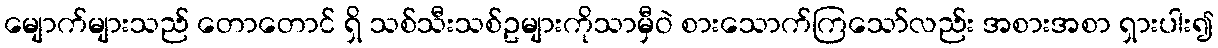
မျောက်များသည် တောတောင် ရှိ သစ်သီးသစ်ဥများကိုသာမှီဝဲ စားသောက်ကြသော်လည်း အစားအစာ ရှားပါး၍